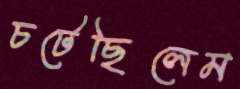
চটেছিলেম